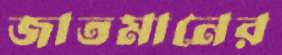
জাতমানের